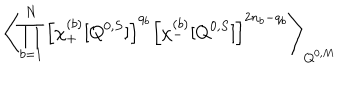
\left\langle \prod _ { b = 1 } ^ { N } \left[ \chi _ { + } ^ { ( b ) } [ Q ^ { 0 , S } ] \right] ^ { q _ { b } } \left[ \chi _ { - } ^ { ( b ) } [ Q ^ { 0 , S } ] \right] ^ { 2 n _ { b } - q _ { b } } \right\rangle _ { Q ^ { 0 , M } }